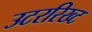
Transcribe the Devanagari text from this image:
उटररिख्ट